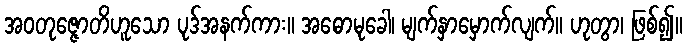
အဝတုဇ္ဇောတိဟူသော ပုဒ်အနက်ကား။ အဓောမုခေါ၊ မျက်နှာမှောက်လျက်။ ဟုတွာ၊ ဖြစ်၍။